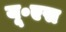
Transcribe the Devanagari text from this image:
यू॰एस